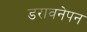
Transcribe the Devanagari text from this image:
डरावनेपन